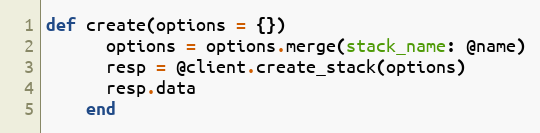
Language: Ruby
def create(options = {})
      options = options.merge(stack_name: @name)
      resp = @client.create_stack(options)
      resp.data
    end